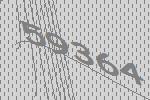
59364